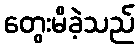
တွေးမိခဲ့သည်